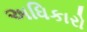
અધિકારો